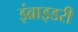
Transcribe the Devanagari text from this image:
इंब्राइडरी